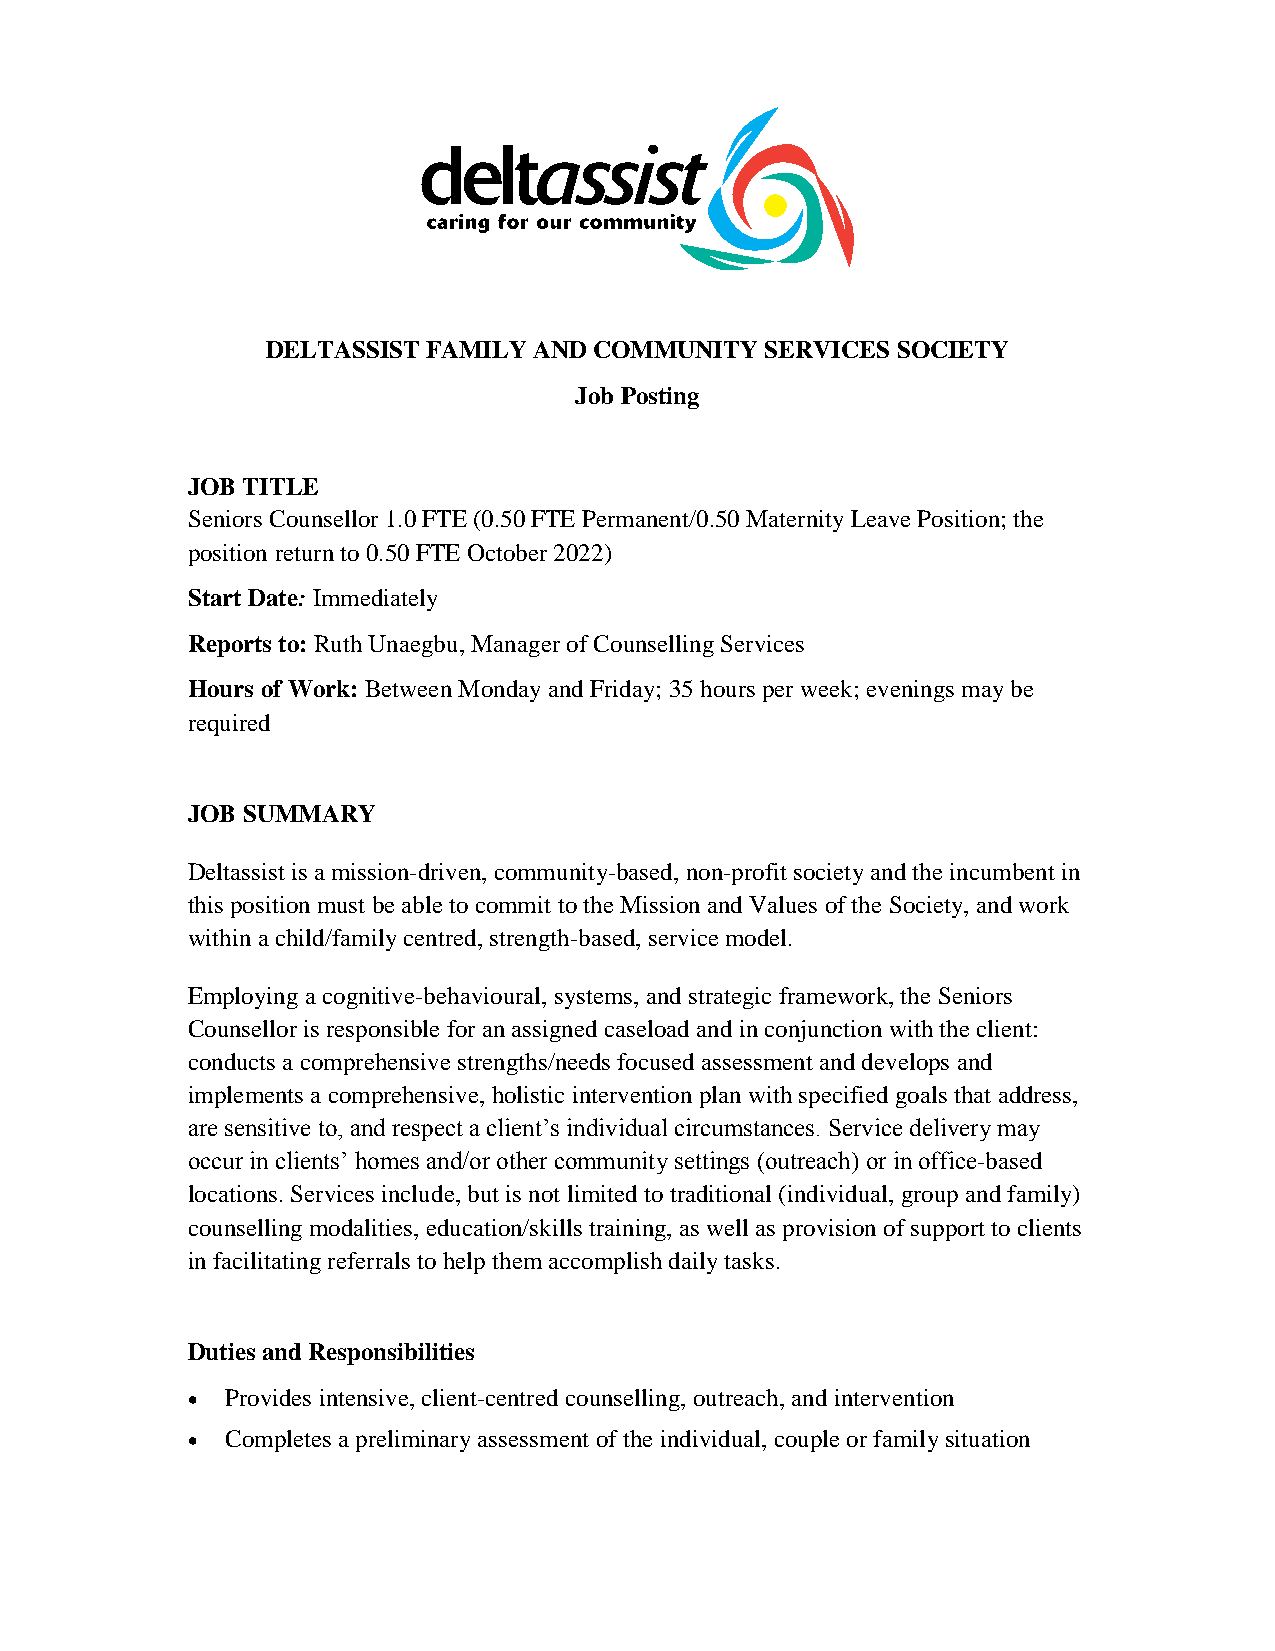
DELTASSIST FAMILY AND COMMUNITY  SERVICES SOCIETY
 Job Posting
 JOB TITLE
 Seniors Counsellor 1.0 FTE (0.50 FTE Permanent/0.50 Maternity Leave Position; the
 position return to 0.50 FTE October 2022)
 Start Date: Immediately
 Reports to: Ruth Unaegbu, Manager of Counselling Services
 Hours of Work: Between Monday and Friday; 35 hours per week; evenings may be
 required
 JOB SUMMARY
 Deltassist is a mission-driven, community-based, non-profit society and the incumbent in
 this position must be able to commit to the Mission and Values of the Society, and work
 within a child/family centred, strength-based, service model.
 Employing a cognitive-behavioural, systems, and strategic framework, the Seniors
 Counsellor is responsible for an assigned caseload and in conjunction with the client:
 conducts a comprehensive strengths/needs focused assessment and develops and
 implements a comprehensive, holistic intervention plan with specified goals that address,
 are sensitive to, and respect a client’s individual circumstances. Service delivery may
 occur in clients’ homes and/or other community settings (outreach) or in office-based
 locations. Services include, but is not limited to traditional (individual, group and family)
 counselling modalities, education/skills training, as well as provision of support to clients
 in facilitating referrals to help them accomplish daily tasks.
 Duties and Responsibilities
   Provides intensive, client-centred counselling, outreach, and intervention
   Completes a preliminary assessment of the individual, couple or family situation